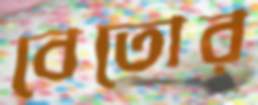
বেতোর